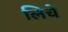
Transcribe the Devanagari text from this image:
लिचे